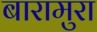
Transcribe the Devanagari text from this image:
बारामुरा